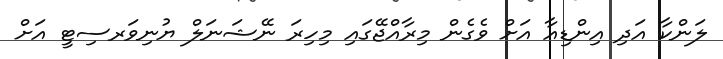
ލަންކާ އަދި އިންޑިއާ އަށް ވެގެން މިރާއްޖޭގައި މިހިރަ ނޭޝަނަލް ޔުނިވަރސިޓީ އަށް